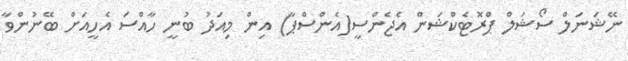
ނޭޝަނަލް ސޯޝަލް ޕްރޮޓެކްޝަން އެޖެންސީ(އެންސްޕާ) އިން މިއަދު ބުނީ ހާއްސަ އެހީއަށް ބޭނުންވާ